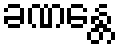
ခဏန္တေ